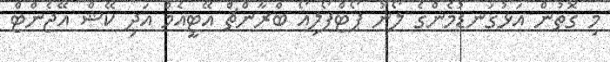
މި ގޮތުން އަޅުގަނޑުމެންގެ ލޯނު ޕޯޓްފޯލިއޯ ބްރާންޗް އޭޓީއެމް އަދި ކޭޝް އޭޖެންޓް